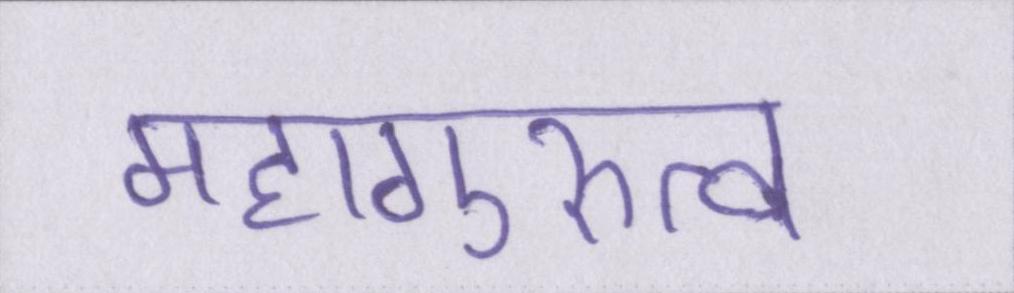
महागुरुत्व